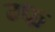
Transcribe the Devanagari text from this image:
ग्फ